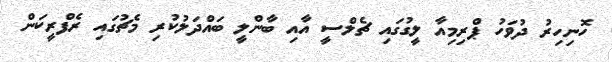
ހޮނިހިރު ދުވަހު ޕްރިމިއާ ލީގުގައި ޗެލްސީ އާއި ބާންލީ ބައްދަލުކުރި މެޗުގައި ރެފްރީކަން